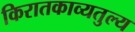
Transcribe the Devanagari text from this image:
किरातकाव्यतुल्य